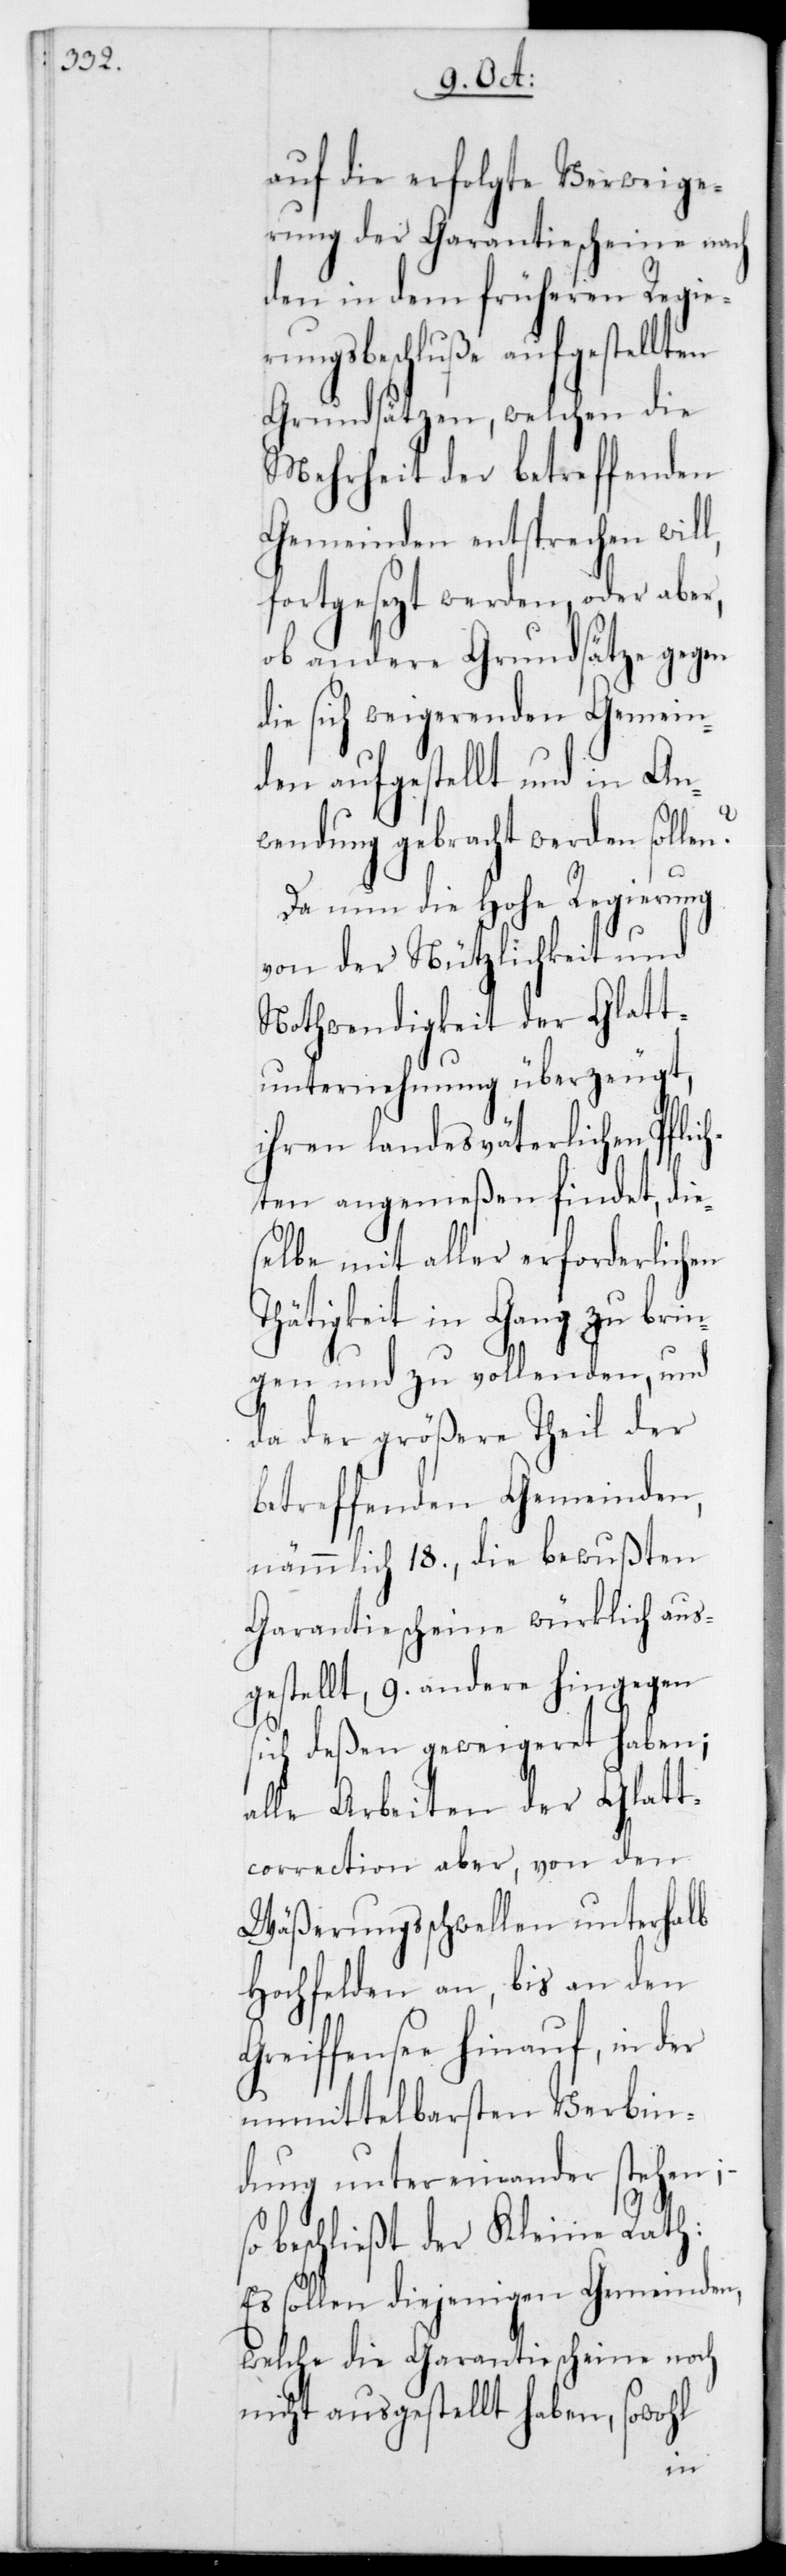
die erfolgte Verweige¬
rung der Garantiescheine nach
den in dem früheren Regie¬
rungsbeschluße aufgestellten
Grundsätzen, welchen die
Mehrheit der betreffenden
Gemeinden entsprechen will,
fortgesezt werden, oder aber
ob andere Grundsätze gegen
die sich weigerenden Gemein¬
den aufgestellt und in An¬
wendung gebracht werden sollen?
Da nun die Hohe Regierung
von der Nützlichkeit und
Nothwendigkeit der Glatt¬
unternehmung überzeugt,
ihren landesväterlichen Pflic¬
hten angemeßen findet, die¬
selbe mit aller erforderlichen
Thätigkeit in Gang zu brin¬
gen und zu vollenden, und
da der größere Theil der
betreffenden Gemeinden,
nämmlich 18, die bewussten
Garantiescheine würklich aus¬
gestellt, 9 andere hingegen
sich deßen geweigeret haben;
alle Arbeiten der Glatt¬
correction aber von den
Wäßerungsschwellen unterhalb
Hochfelden an, bis an den
Greiffensee hinauf, in der
unmittelbarsten Verbin¬
dung untereinander stehen;
so beschließt der Kleine Rath:
Es sollen diejenigen Gemeinden,
welche die Garantiescheine noch
nicht ausgestellt haben, sowohl